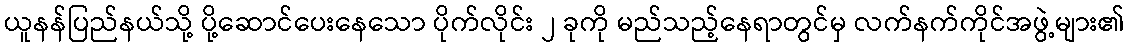
ယူနန်ပြည်နယ်သို့ ပို့ဆောင်ပေးနေသော ပိုက်လိုင်း ၂ ခုကို မည်သည့်နေရာတွင်မှ လက်နက်ကိုင်အဖွဲ့များ၏